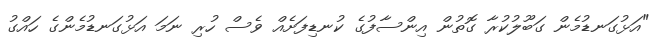
"އަޅުގަނޑުމެން ގަބޫލުކުރާ ގޮތުން އިންސާފުގެ ކުނޑިފަށެއް ވެސް ހުރި ނަމަ އަޅުގަނޑުމެންގެ ހައްގު